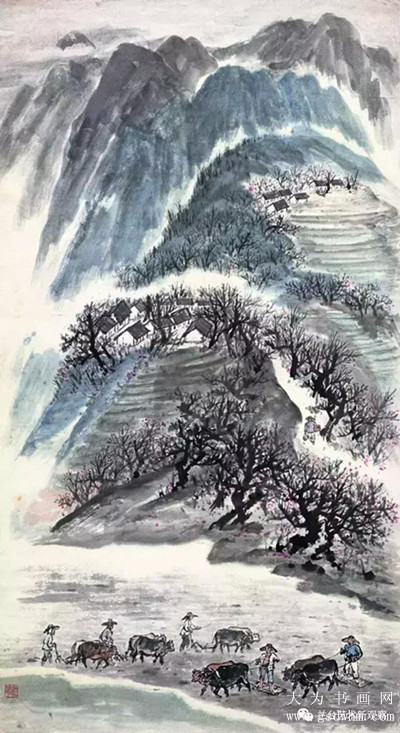
巴子城头青草暮。巴山重叠相逢处。